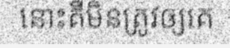
នោះគឺមិនត្រូវឲ្យគេ